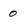
Character: 0